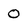
Character: 0